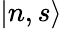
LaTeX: |n,s\rangle